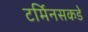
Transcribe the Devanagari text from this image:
टर्मिनसकडे